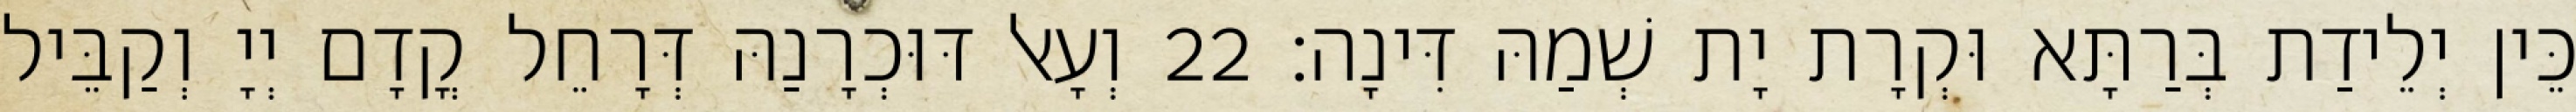
כֵּין יְלֵידַת בְּרַתָּא וּקְרָת יָת שְׁמַהּ דִּינָה׃ 22 וְעָאל דּוּכְרָנַהּ דְּרָחֵל קֳדָם יְיָ וְקַבֵּיל